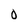
Character: O